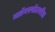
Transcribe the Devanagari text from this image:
ब्लॉगस्पॉटवरील